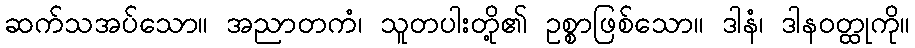
ဆက်သအပ်သော။ အညာတကံ၊ သူတပါးတို့၏ ဥစ္စာဖြစ်သော။ ဒါနံ၊ ဒါနဝတ္ထုကို။